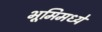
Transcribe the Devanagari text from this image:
भूमिमध्ये